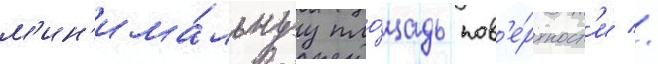
м'ин'има́льнуу пло́щадь пов'е́рхност'и //